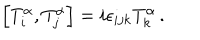
LaTeX: \left[ T _ { i } ^ { \alpha } , T _ { j } ^ { \alpha } \right] = i \epsilon _ { i j k } T _ { k } ^ { \alpha } \, .